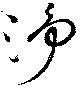
浄